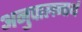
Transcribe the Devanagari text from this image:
अनुपालनार्थ